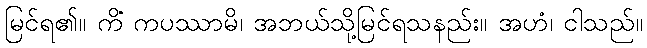
မြင်ရ၏။ ကိံ ကပဿာမိ၊ အဘယ်သို့မြင်ရသနည်း။ အဟံ၊ ငါသည်။